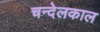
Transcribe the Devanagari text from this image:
चन्देलकाल